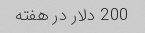
200 دلار در هفته